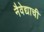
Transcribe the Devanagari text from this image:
नैवेद्याची